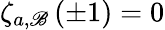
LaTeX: \zeta_{a,\mathscr{B}}\left(\pm1\right)=0